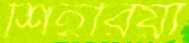
শিহরিয়া